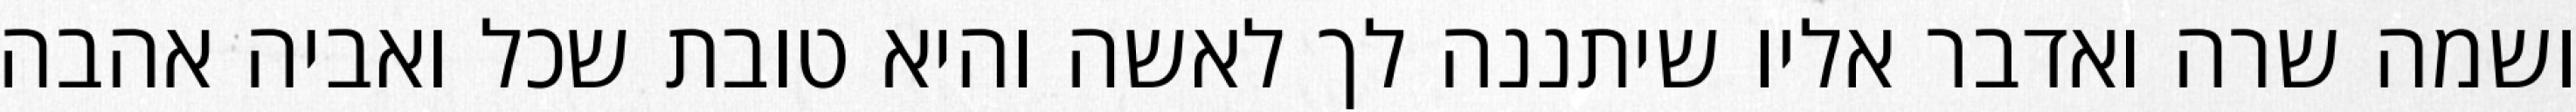
ושמה שרה ואדבר אליו שיתננה לך לאשה והיא טובת שכל ואביה אהבה